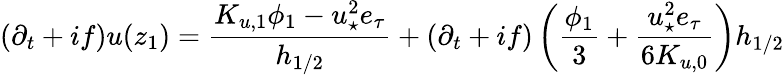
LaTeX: (\partial_{t}+if)u(z_{1})=\frac{K_{u,1}\phi_{1}-{u_{\star}^{2}e_{\tau}}}{h_{1/2}}+(\partial_{t}+if)\left(\frac{\phi_{1}}{3}+{\frac{u_{\star}^{2}e_{\tau}}{6K_{u,0}}}\right)h_{1/2}